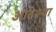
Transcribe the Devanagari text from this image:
आदेश्या